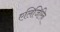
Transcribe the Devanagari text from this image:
एलिजिरिन